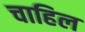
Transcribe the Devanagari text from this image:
चाहिल